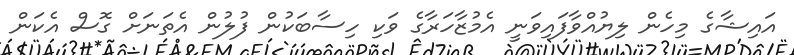
އައިޝާގެ މިހެން ލިޔުއްވާފައިވަނީ އެމުޒާހަރާގެ ވަކި ހިސާބަކުން ފުލުން އެތަނަށް ގޮސް އެކަން